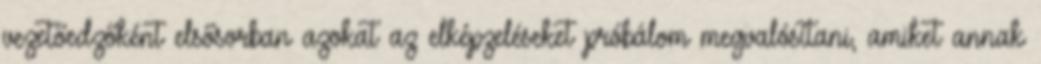
vezetőedzőként elsősorban azokat az elképzeléseket próbálom megvalósítani, amiket annak